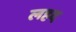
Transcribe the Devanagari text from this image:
लहद